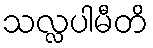
သလ္လပါမီတိ